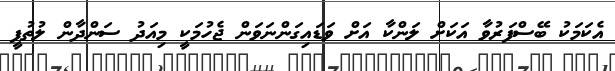
އެކަމަކު ބޭސްފަރުވާ އަކަށް ލަންކާ އަށް ވަޑައިގަންނަވަން ޖެހުމަކީ މިއަދު ސަންދާން ލުތުފީ